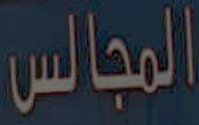
المجالس